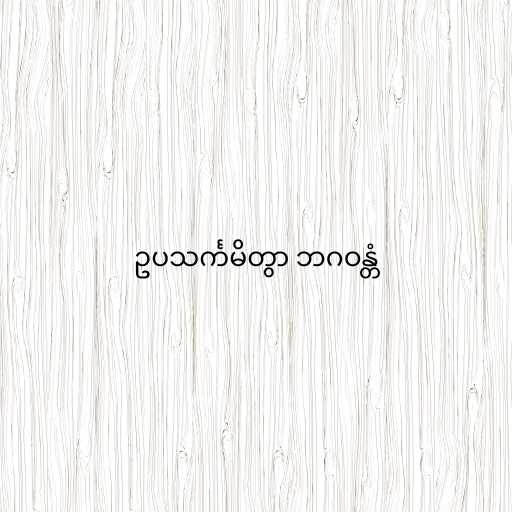
ဥပသင်္ကမိတွာ ဘဂဝန္တံ